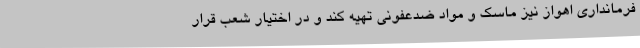
فرمانداری اهواز نیز ماسک و مواد ضدعفونی تهیه کند و در اختیار شعب قرار